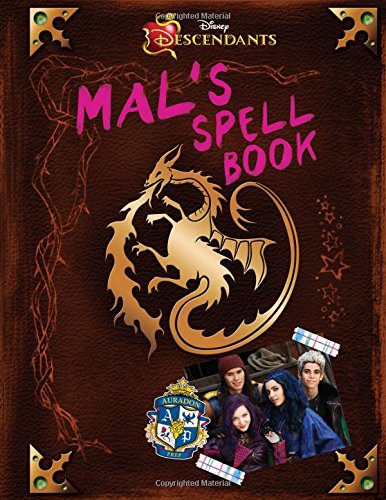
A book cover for Descendants: Mal's Spell Book; Disney Book Group; Children's Books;